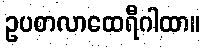
ဥပစာလာထေရီဂါထာ။